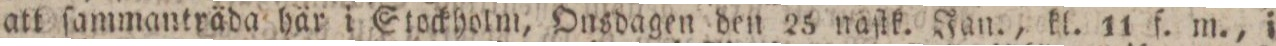
att ſammanträda här i Stockholm, Onsdagen den 25 naſtk. Jan., kl. 11 f. m., i